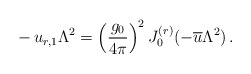
\begin{align*}- \, u_{r,1} \Lambda^{2} = \left( \frac{g_{0}}{4 \pi} \right)^{2}J_{0}^{(r)} (- {\overline{u}} \Lambda^{2}) \, .\end{align*}